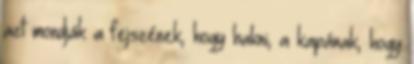
azt mondják a fejszének, hogy hakni, a kapának, hogy